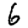
Digit: 6